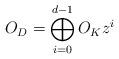
LaTeX: \begin{align*}O_D=\bigoplus_{i=0}^{d-1} O_K z^i \end{align*}